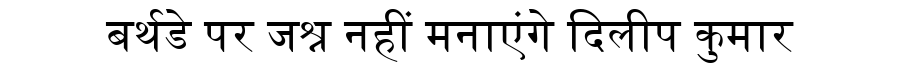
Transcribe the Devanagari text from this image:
बर्थडे पर जश्न नहीं मनाएंगे दिलीप कुमार